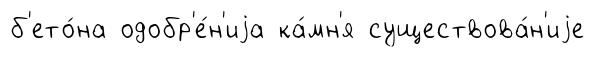
б'ето́на одобр'е́н'иjа ка́мн'я существова́н'иjе